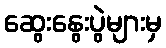
ဆွေးနွေးပွဲများမှ